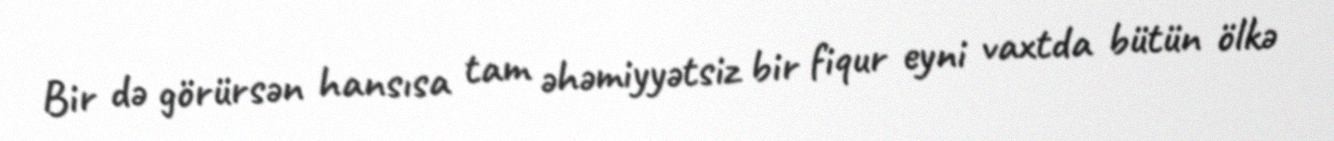
Bir də görürsən hansısa tam əhəmiyyətsiz bir fiqur eyni vaxtda bütün ölkə